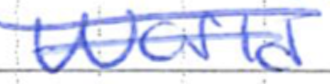
Text: World
Cross-out: double-line
Writing tool: ballpoint